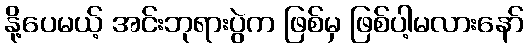
နို့ပေမယ့် အင်းဘုရားပွဲက ဖြစ်မှ ဖြစ်ပါ့မလားနော်